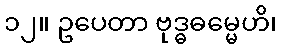
၁၂။ ဥပေတာ ဗုဒ္ဓဓမ္မေဟိ၊